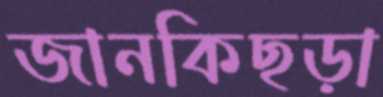
জানকিছড়া